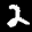
Digit: 2